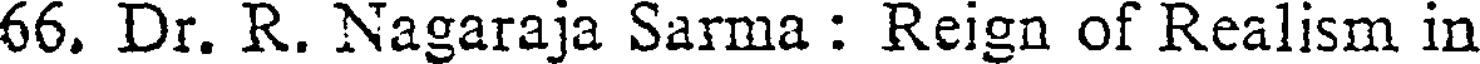
66. Dr. R. Nagaraja Sarma : Reign of Realism in